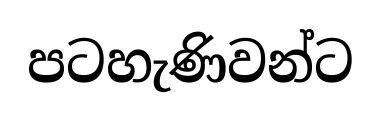
පටහැණිවන්ට